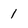
Character: 1